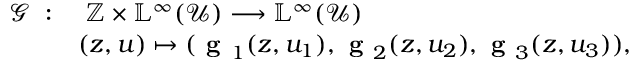
\begin{array} { r l } { \mathcal { G } \; : } & { \; \mathbb { Z } \times \mathbb { L } ^ { \infty } ( \mathcal { U } ) \longrightarrow \mathbb { L } ^ { \infty } ( \mathcal { U } ) } \\ & { ( z , u ) \mapsto ( \textbf { g } _ { 1 } ( z , u _ { 1 } ) , \textbf { g } _ { 2 } ( z , u _ { 2 } ) , \textbf { g } _ { 3 } ( z , u _ { 3 } ) ) , } \end{array}